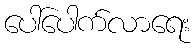
ပေါ်ပေါက်လာရေး